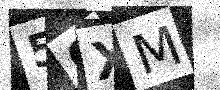
Text: 50XM